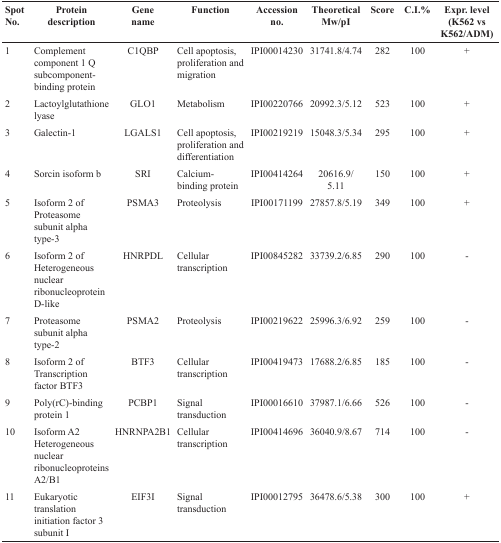
<table><thead><tr><td><b>Spot No.</b></td><td><b>Protein description</b></td><td><b>Gene name</b></td><td><b>Function</b></td><td><b>Accession no.</b></td><td><b>Theoretical Mw/pI</b></td><td><b>Score</b></td><td><b>C.I.%</b></td><td><b>Expr. level (K562 vs K562/ADM)</b></td></tr></thead><tbody><tr><td>1</td><td>Complement component 1 Q subcomponent-binding protein</td><td>C1QBP</td><td>Cell apoptosis, proliferation and migration</td><td>IPI00014230</td><td>31741.8/4.74</td><td>282</td><td>100</td><td>+</td></tr><tr><td>2</td><td>Lactoylglutathione lyase</td><td>GLO1</td><td>Metabolism</td><td>IPI00220766</td><td>20992.3/5.12</td><td>523</td><td>100</td><td>+</td></tr><tr><td>3</td><td>Galectin-1</td><td>LGALS1</td><td>Cell apoptosis, proliferation and differentiation</td><td>IPI00219219</td><td>15048.3/5.34</td><td>295</td><td>100</td><td>+</td></tr><tr><td>4</td><td>Sorcin isoform b</td><td>SRI</td><td>Calcium-binding protein</td><td>IPI00414264</td><td>20616.9/ 5.11</td><td>150</td><td>100</td><td>+</td></tr><tr><td>5</td><td>Isoform 2 of Proteasome subunit alpha type-3</td><td>PSMA3</td><td>Proteolysis</td><td>IPI00171199</td><td>27857.8/5.19</td><td>349</td><td>100</td><td>+</td></tr><tr><td>6</td><td>Isoform 2 of Heterogeneous nuclear ribonucleoprotein D-like</td><td>HNRPDL</td><td>Cellular transcription</td><td>IPI00845282</td><td>33739.2/6.85</td><td>290</td><td>100</td><td>-</td></tr><tr><td>7</td><td>Proteasome subunit alpha type-2</td><td>PSMA2</td><td>Proteolysis</td><td>IPI00219622</td><td>25996.3/6.92</td><td>259</td><td>100</td><td>-</td></tr><tr><td>8</td><td>Isoform 2 of Transcription factor BTF3</td><td>BTF3</td><td>Cellular transcription</td><td>IPI00419473</td><td>17688.2/6.85</td><td>185</td><td>100</td><td>-</td></tr><tr><td>9</td><td>Poly(rC)-binding protein 1</td><td>PCBP1</td><td>Signal transduction</td><td>IPI00016610</td><td>37987.1/6.66</td><td>526</td><td>100</td><td>-</td></tr><tr><td>10</td><td>Isoform A2 Heterogeneous nuclear ribonucleoproteins A2/B1</td><td>HNRNPA2B1</td><td>Cellular transcription</td><td>IPI00414696</td><td>36040.9/8.67</td><td>714</td><td>100</td><td>-</td></tr><tr><td>11</td><td>Eukaryotic translation initiation factor 3 subunit I</td><td>EIF3I</td><td>Signal transduction</td><td>IPI00012795</td><td>36478.6/5.38</td><td>300</td><td>100</td><td>+</td></tr></tbody></table>